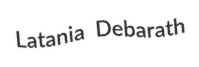
Latania Debarath